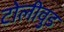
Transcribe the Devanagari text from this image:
टोलीवुड